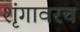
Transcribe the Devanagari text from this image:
शृंगावरच